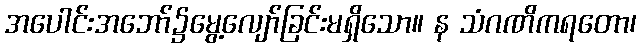
အပေါင်းအဘော်၌မွေ့လျော်ခြင်းမရှိသော။ န သံဂဏိကရတော၊